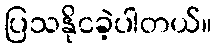
ပြသနိုငခဲ့ပါတယ်။